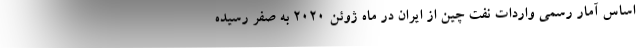
اساس آمار رسمی واردات نفت چین از ایران در ماه ژوئن 2020 به صفر رسیده